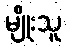
မျိုးသူ